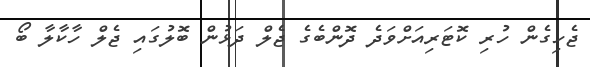
ޖެހިގެން ހުރި ކޮޓަރިއަށްވަދެ ދޮންބެގެ ޖެލް ދަޅުން ބޮލުގައި ޖެލް ހާކާލާ ބޯ